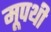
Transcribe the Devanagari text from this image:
मूपथी